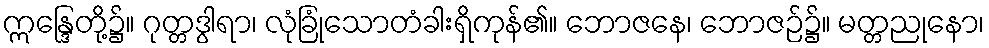
ဣန္ဒြေတို့၌။ ဂုတ္တဒွါရာ၊ လုံခြုံသောတံခါးရှိကုန်၏။ ဘောဇနေ၊ ဘောဇဉ်၌။ မတ္တညုနော၊